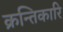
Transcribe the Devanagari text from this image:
क्रन्तिकारि